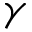
\gamma